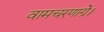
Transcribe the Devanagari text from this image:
वामचरणाग्रे।